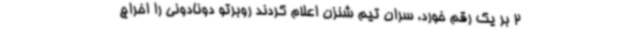
2 بر یک رقم خورد، سران تیم شنزن اعلام کردند روبرتو دونادونی را اخراج